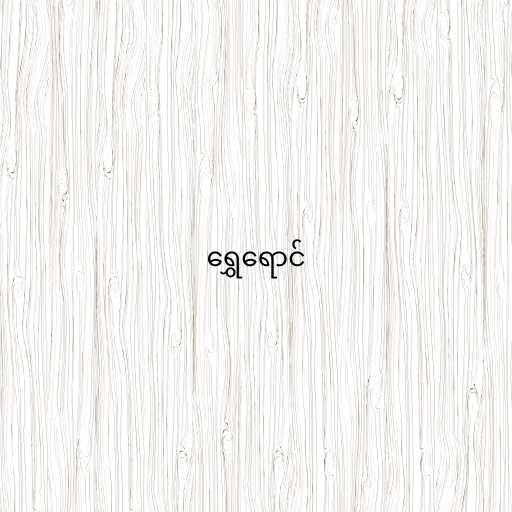
ရွှေရောင်